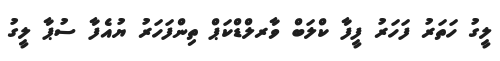
ލީގު ހަތަރު ފަހަރު ފީފާ ކްލަބް ވާރލްޑްކަޕް ތިންފަހަރު ޔުއެފާ ސުޕާ ލީގު